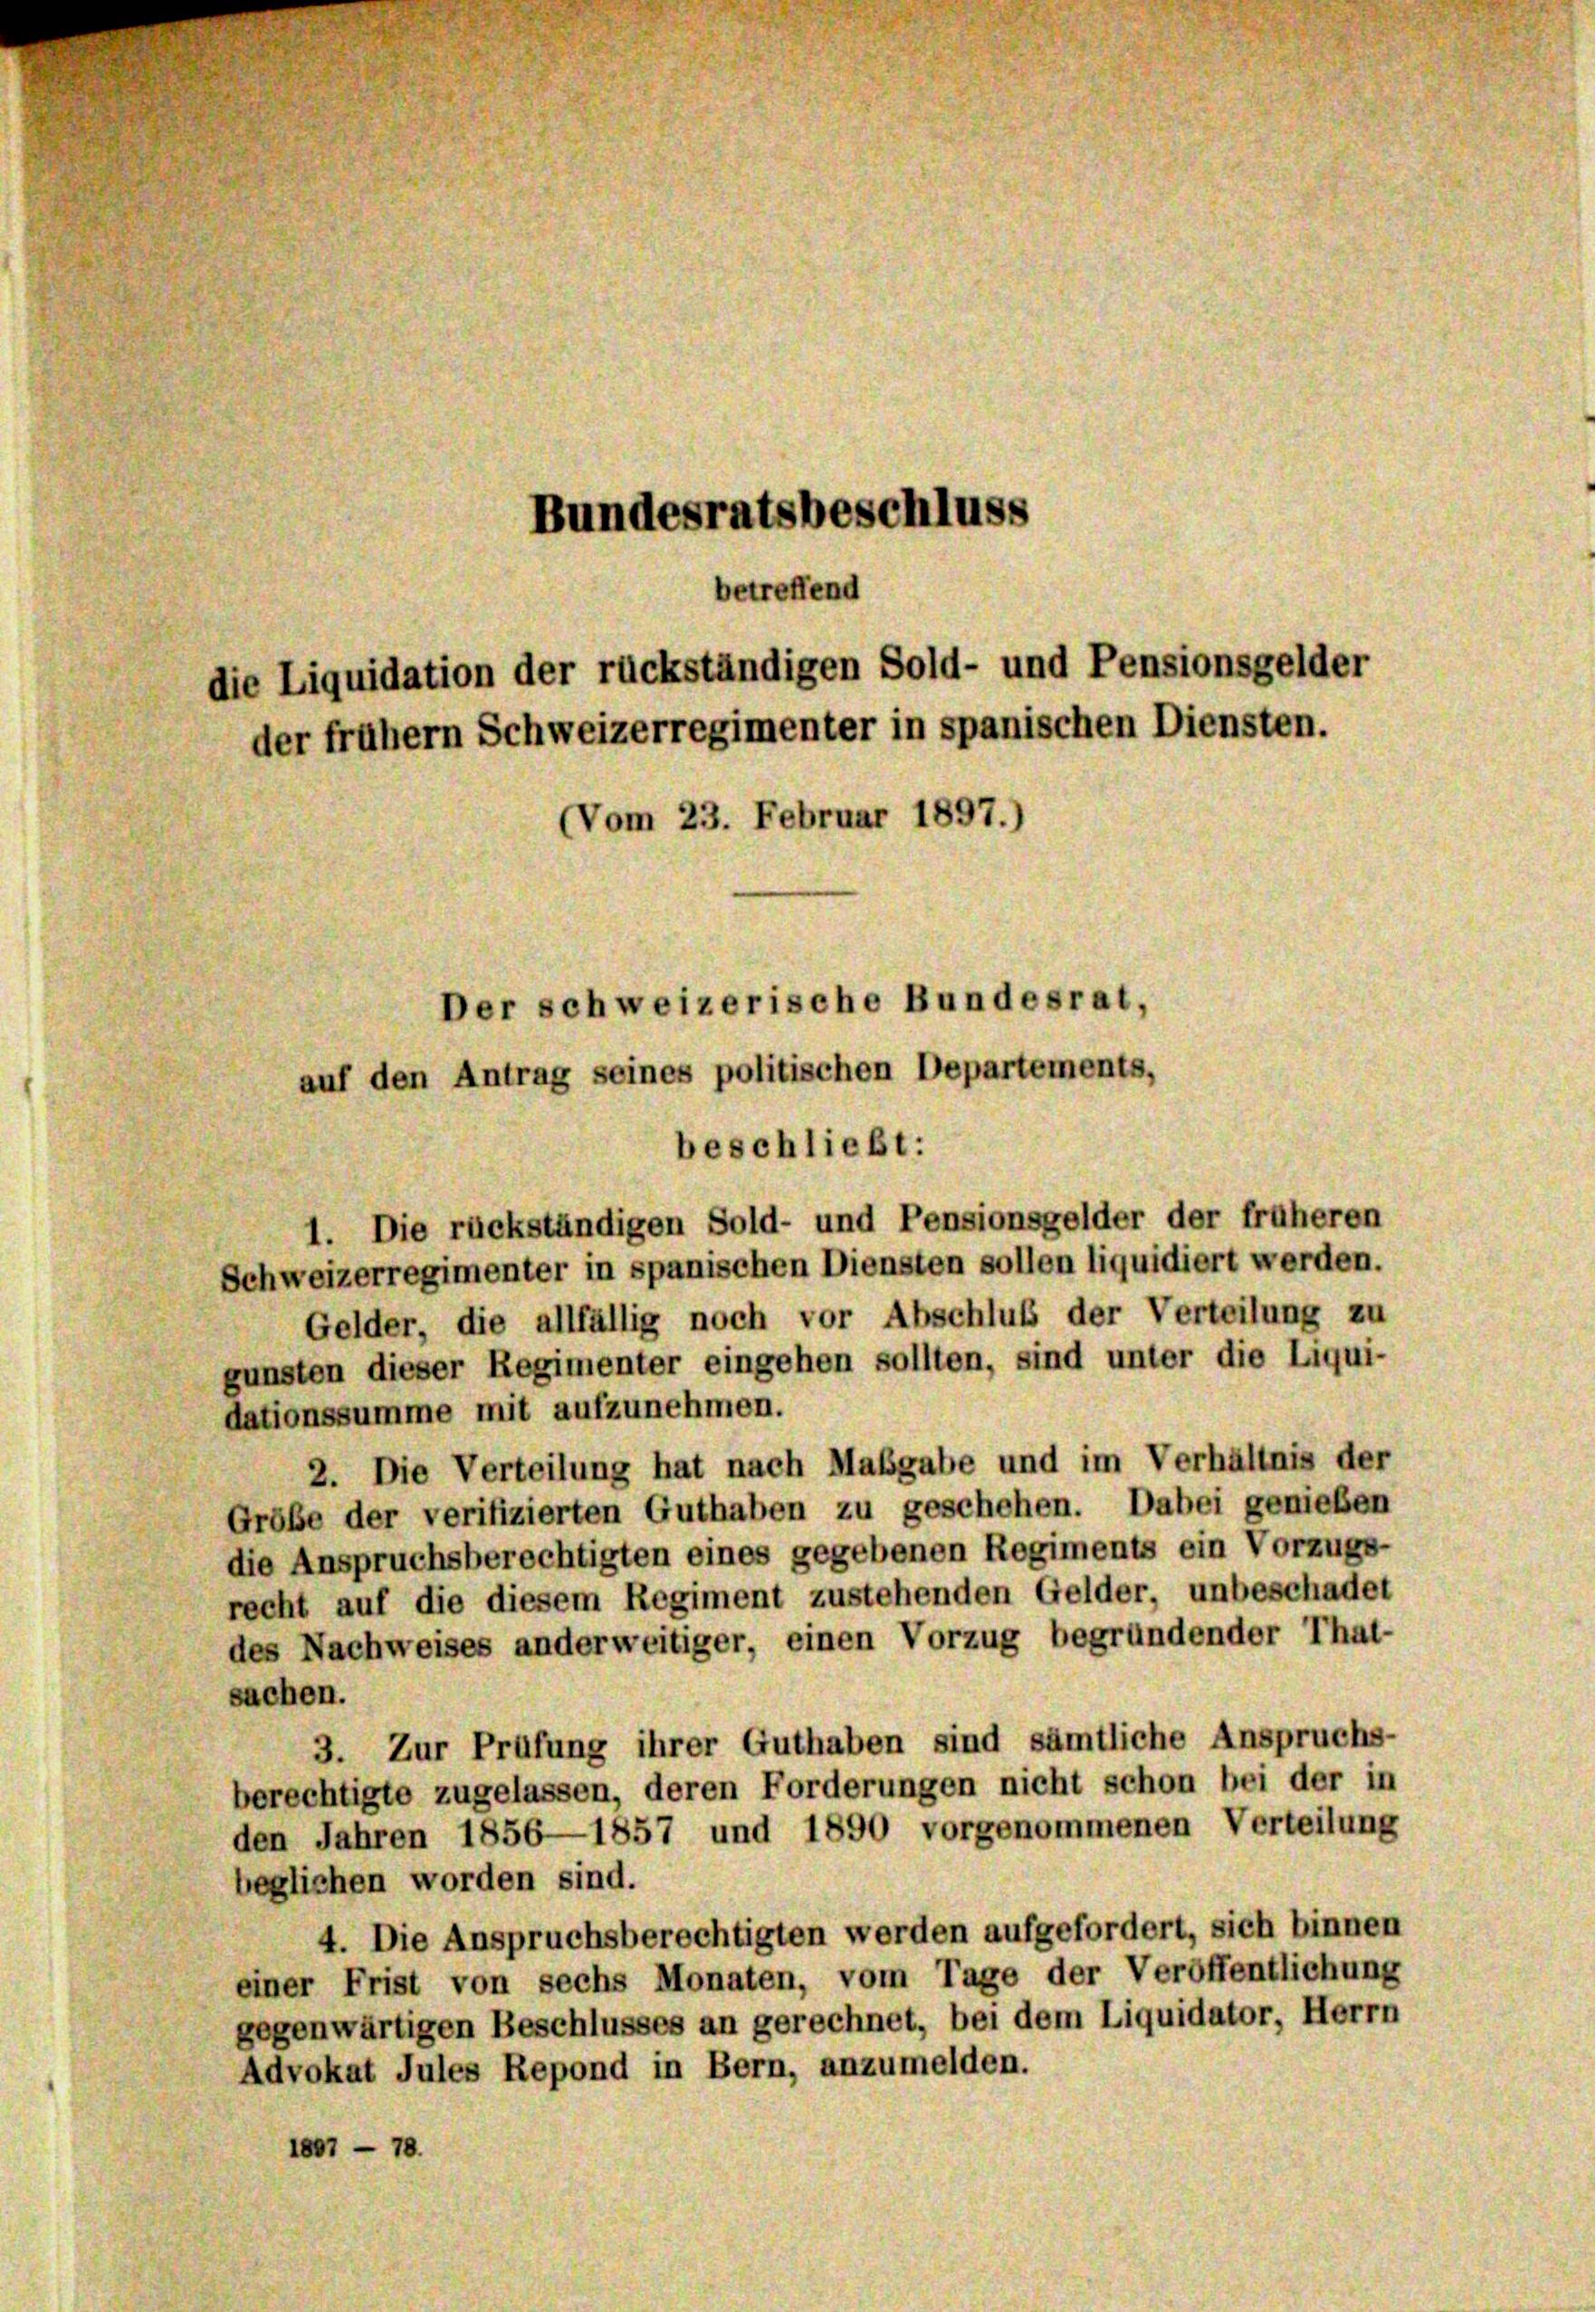
Bundesratsbeschluss
betreffend
die Liquidation der rückständigen Sold- und Pensionsgelder
der frühem Schweizerregimenter in spanischen Diensten.
Vom 23. Februar 1897.)
Der schweizerische Bundesrat,
auf den Antrag seines politischen Departements,

1. Die rückständigen Sold- und Pensionsgelder der früheren
Schweizerregimenter in spanischen Diensten sollen liquidiert werden.
Gelder, die allfällig noch vor Abschluß der Verteilung zu
gunsten dieser Regimenter eingehen sollten, sind unter die Liqui-
dationssumme mit aufzunehmen.
2. Die Verteilung hat nach Maßgabe und im Verhältnis der
Größe der verifizierten Guthaben zu geschehen. Dabei genießen
die Anspruchsberechtigten eines gegebenen Regiments ein Vorzugs-
recht auf die diesem Regiment zustehenden Gelder, unbeschadet
des Nachweises anderweitiger, einen Vorzug begründender That-
sachen.
3. Zur Prüfung ihrer Guthaben sind sämtliche Anspruchs-
berechtigte zugelassen, deren Forderungen nicht schon bei der in
den Jahren 1856—1857 und 1890 vorgenommenen Verteilung
beglichen worden sind.
4. Die Anspruchsberechtigten werden aufgefordert, sich binnen
einer Frist von sechs Monaten, vom Tage der Veröffentlichung
gegenwärtigen Beschlusses an gerechnet, bei dem Liquidator, Herrn
Advokat Jules Repond in Bern, anzumelden.
1807 - 78.

beschließt: